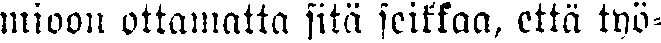
mioon ottamatta sitä seikkaa, että työ-